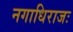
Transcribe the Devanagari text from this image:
नगाधिराजः